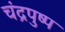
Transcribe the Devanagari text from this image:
चंद्रपुष्प